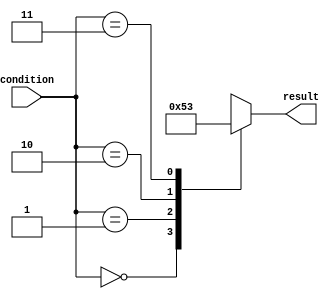
module x_case_statement(input [1:0] condition,
                        output reg [2:0] result);

always @(*)
begin
    case(condition)
        2'b00: result <= 3'b000;
        2'b01: result <= 3'b001;
        2'b10: result <= 3'b010;
        2'b11: result <= 3'b011;
        default: result <= 3'b111;
    endcase
end
endmodule